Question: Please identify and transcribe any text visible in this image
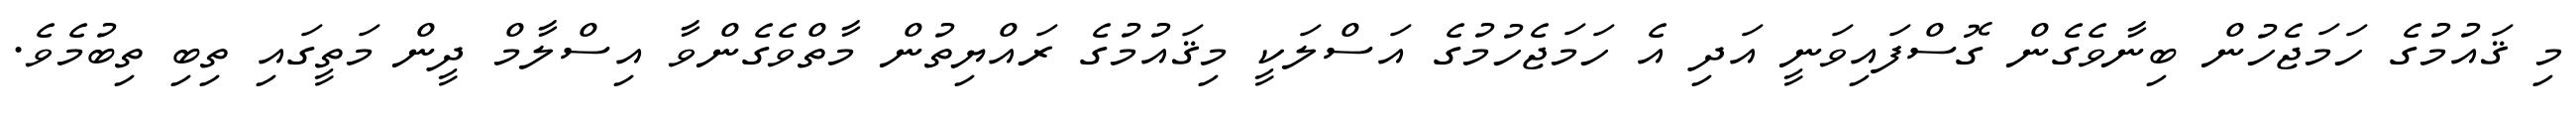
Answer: މި ޤައުމުގެ ހަމަޖެހުން ބިނާވެގެން ގޮސްފައިވަނީ އަދި އެ ހަމަޖެހުމުގެ އަސްލަކީ މިޤައުމުގެ ރައްޔިތުން މާތްވެގެންވާ އިސްލާމް ދީން މަތީގައި ތިބި ތިބުމެވެ.